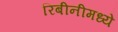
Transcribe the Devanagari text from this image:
रिबीनीमध्ये